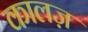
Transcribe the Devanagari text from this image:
कालज़